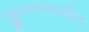
જીવરસાયણિક